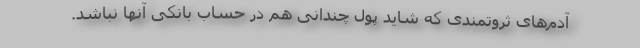
آدم‌های ثروتمندی که شاید پول چندانی هم در حساب بانکی آنها نباشد.